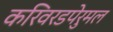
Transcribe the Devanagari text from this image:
करिवरडपेरुमल